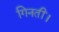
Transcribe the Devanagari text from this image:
गिनतीं।